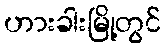
ဟားခါးမြို့တွင်